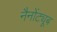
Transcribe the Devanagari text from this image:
नैनोंट्यूब